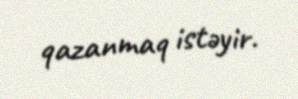
qazanmaq istəyir.